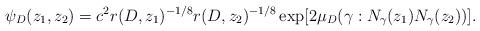
LaTeX: \begin{align*}&\psi_D(z_1,z_2) = c^2 r(D,z_1)^{-1/8} r(D,z_2)^{-1/8} \exp[ 2 \mu_D(\gamma: N_{\gamma}(z_1) N_{\gamma}(z_2) )].\end{align*}